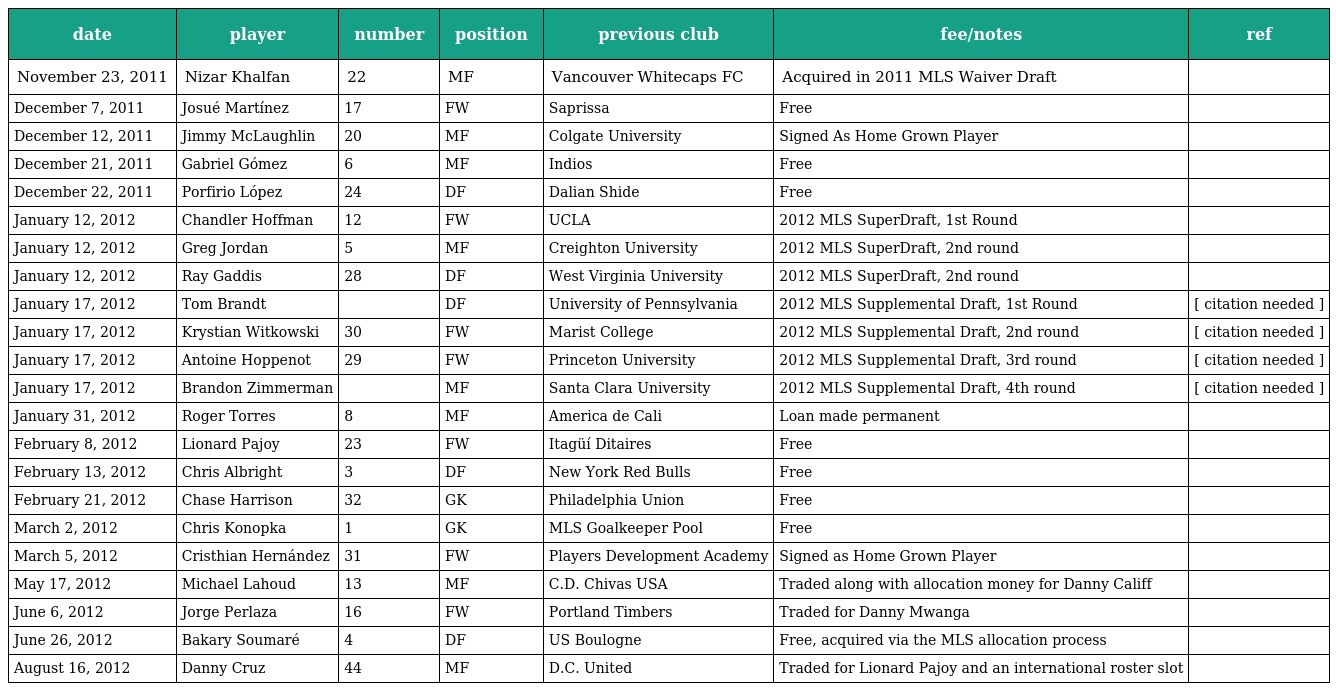
| date | player | number | position | previous club | fee/notes | ref |
 | --- | --- | --- | --- | --- | --- | --- |
 | November 23, 2011 | Nizar Khalfan | 22 | MF | Vancouver Whitecaps FC | Acquired in 2011 MLS Waiver Draft |  |
 | December 7, 2011 | Josué Martínez | 17 | FW | Saprissa | Free |  |
 | December 12, 2011 | Jimmy McLaughlin | 20 | MF | Colgate University | Signed As Home Grown Player |  |
 | December 21, 2011 | Gabriel Gómez | 6 | MF | Indios | Free |  |
 | December 22, 2011 | Porfirio López | 24 | DF | Dalian Shide | Free |  |
 | January 12, 2012 | Chandler Hoffman | 12 | FW | UCLA | 2012 MLS SuperDraft, 1st Round |  |
 | January 12, 2012 | Greg Jordan | 5 | MF | Creighton University | 2012 MLS SuperDraft, 2nd round |  |
 | January 12, 2012 | Ray Gaddis | 28 | DF | West Virginia University | 2012 MLS SuperDraft, 2nd round |  |
 | January 17, 2012 | Tom Brandt |  | DF | University of Pennsylvania | 2012 MLS Supplemental Draft, 1st Round | [ citation needed ] |
 | January 17, 2012 | Krystian Witkowski | 30 | FW | Marist College | 2012 MLS Supplemental Draft, 2nd round | [ citation needed ] |
 | January 17, 2012 | Antoine Hoppenot | 29 | FW | Princeton University | 2012 MLS Supplemental Draft, 3rd round | [ citation needed ] |
 | January 17, 2012 | Brandon Zimmerman |  | MF | Santa Clara University | 2012 MLS Supplemental Draft, 4th round | [ citation needed ] |
 | January 31, 2012 | Roger Torres | 8 | MF | America de Cali | Loan made permanent |  |
 | February 8, 2012 | Lionard Pajoy | 23 | FW | Itagüí Ditaires | Free |  |
 | February 13, 2012 | Chris Albright | 3 | DF | New York Red Bulls | Free |  |
 | February 21, 2012 | Chase Harrison | 32 | GK | Philadelphia Union | Free |  |
 | March 2, 2012 | Chris Konopka | 1 | GK | MLS Goalkeeper Pool | Free |  |
 | March 5, 2012 | Cristhian Hernández | 31 | FW | Players Development Academy | Signed as Home Grown Player |  |
 | May 17, 2012 | Michael Lahoud | 13 | MF | C.D. Chivas USA | Traded along with allocation money for Danny Califf |  |
 | June 6, 2012 | Jorge Perlaza | 16 | FW | Portland Timbers | Traded for Danny Mwanga |  |
 | June 26, 2012 | Bakary Soumaré | 4 | DF | US Boulogne | Free, acquired via the MLS allocation process |  |
 | August 16, 2012 | Danny Cruz | 44 | MF | D.C. United | Traded for Lionard Pajoy and an international roster slot |  |